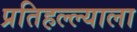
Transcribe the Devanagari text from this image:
प्रतिहल्ल्याला